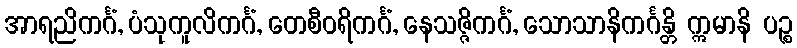
အာရညိကင်္ဂံ, ပံသုကူလိကင်္ဂံ, တေစီဝရိကင်္ဂံ, နေသဇ္ဇိကင်္ဂံ, သောသာနိကင်္ဂန္တိ ဣမာနိ ပဉ္စ